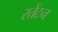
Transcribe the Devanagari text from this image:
स्तेंटन